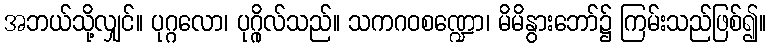
အဘယ်သို့လျှင်။ ပုဂ္ဂလော၊ ပုဂ္ဂိုလ်သည်။ သကဂဝစဏ္ဍော၊ မိမိနွားဘော်၌ ကြမ်းသည်ဖြစ်၍။